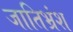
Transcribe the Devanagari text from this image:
जातिभ्रंश